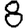
Digit: 8